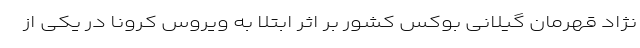
نژاد قهرمان گیلانی بوکس کشور بر اثر ابتلا به ویروس کرونا در یکی از